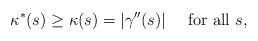
LaTeX: \begin{align*}\kappa^*(s) \ge \kappa(s) = |\gamma''(s)| \quad\mbox{ for all $s$,}\end{align*}